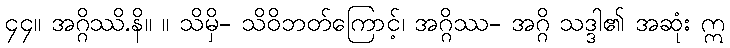
၄၄။ အဂ္ဂိဿိ.နိ။ ။ သိမှိ- သိဝိဘတ်ကြောင့်၊ အဂ္ဂိဿ- အဂ္ဂိ သဒ္ဒါ၏ အဆုံး ဣ